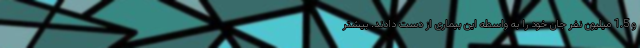
و 1.5 میلیون نفر جان خود را به واسطه این بیماری از دست دادند. بیشتر